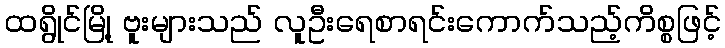
ထရွိုင်မြို့ ဗူးများသည် လူဦးရေစာရင်းကောက်သည့်ကိစ္စဖြင့်